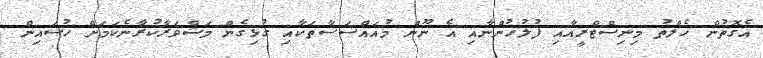
އެގޮތުން ހެލްތު މިނިސްޓްރީއާއި ފުލުހުންނާއި އެ ނޫން މުއައްސަސާތަކާއި ގުޅިގެން މަޝްވަރާކުރާނެކަމަށް ހުސައިން